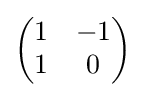
{\begin{pmatrix}1&-1\\1&0\end{pmatrix}}